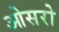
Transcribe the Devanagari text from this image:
ओसरो